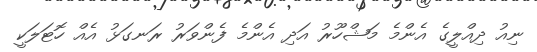
ނިއު ދިއްލީގެ އެންމެ މަޝްހޫރު އަދި އެންމެ ފެންވަރު ރަނގަޅު އެއް ހޮޓަލަކީ